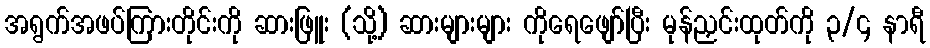
အရွက်အဖပ်ကြားတိုင်းကို ဆားဖြူး (သို့) ဆားများများ ကိုရေဖျော်ပြီး မုန်ညှင်းထုတ်ကို ၃/၄ နာရီ